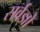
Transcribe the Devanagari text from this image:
सर्वज्ञो